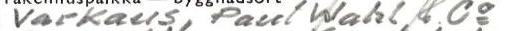
Varkaus, Paul Wahl & Co